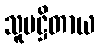
သူပဋ္ဌိတာယ